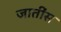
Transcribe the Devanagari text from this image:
जातींस